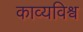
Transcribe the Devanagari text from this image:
काव्यविश्व